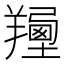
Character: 𦏍